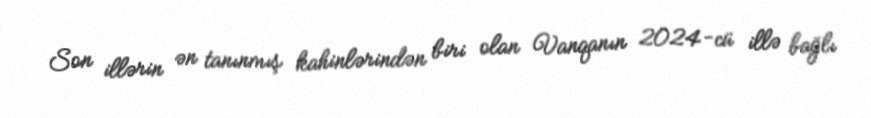
Son illərin ən tanınmış kahinlərindən biri olan Vanqanın 2024-cü illə bağlı